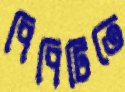
পিপিটিতে